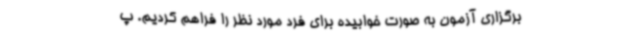
برگزاری آزمون به صورت خوابیده برای فرد مورد نظر را فراهم کردیم. پ